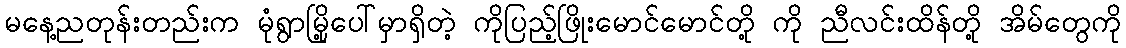
မနေ့ညတုန်းတည်းက မုံရွာမြို့ပေါ်မှာရှိတဲ့ ကိုပြည့်ဖြိုးမောင်မောင်တို့ ကို ညီလင်းထိန်တို့ အိမ်တွေကို